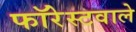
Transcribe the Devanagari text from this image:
फॉरेस्टवाले